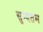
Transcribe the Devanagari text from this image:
सुन्दतम